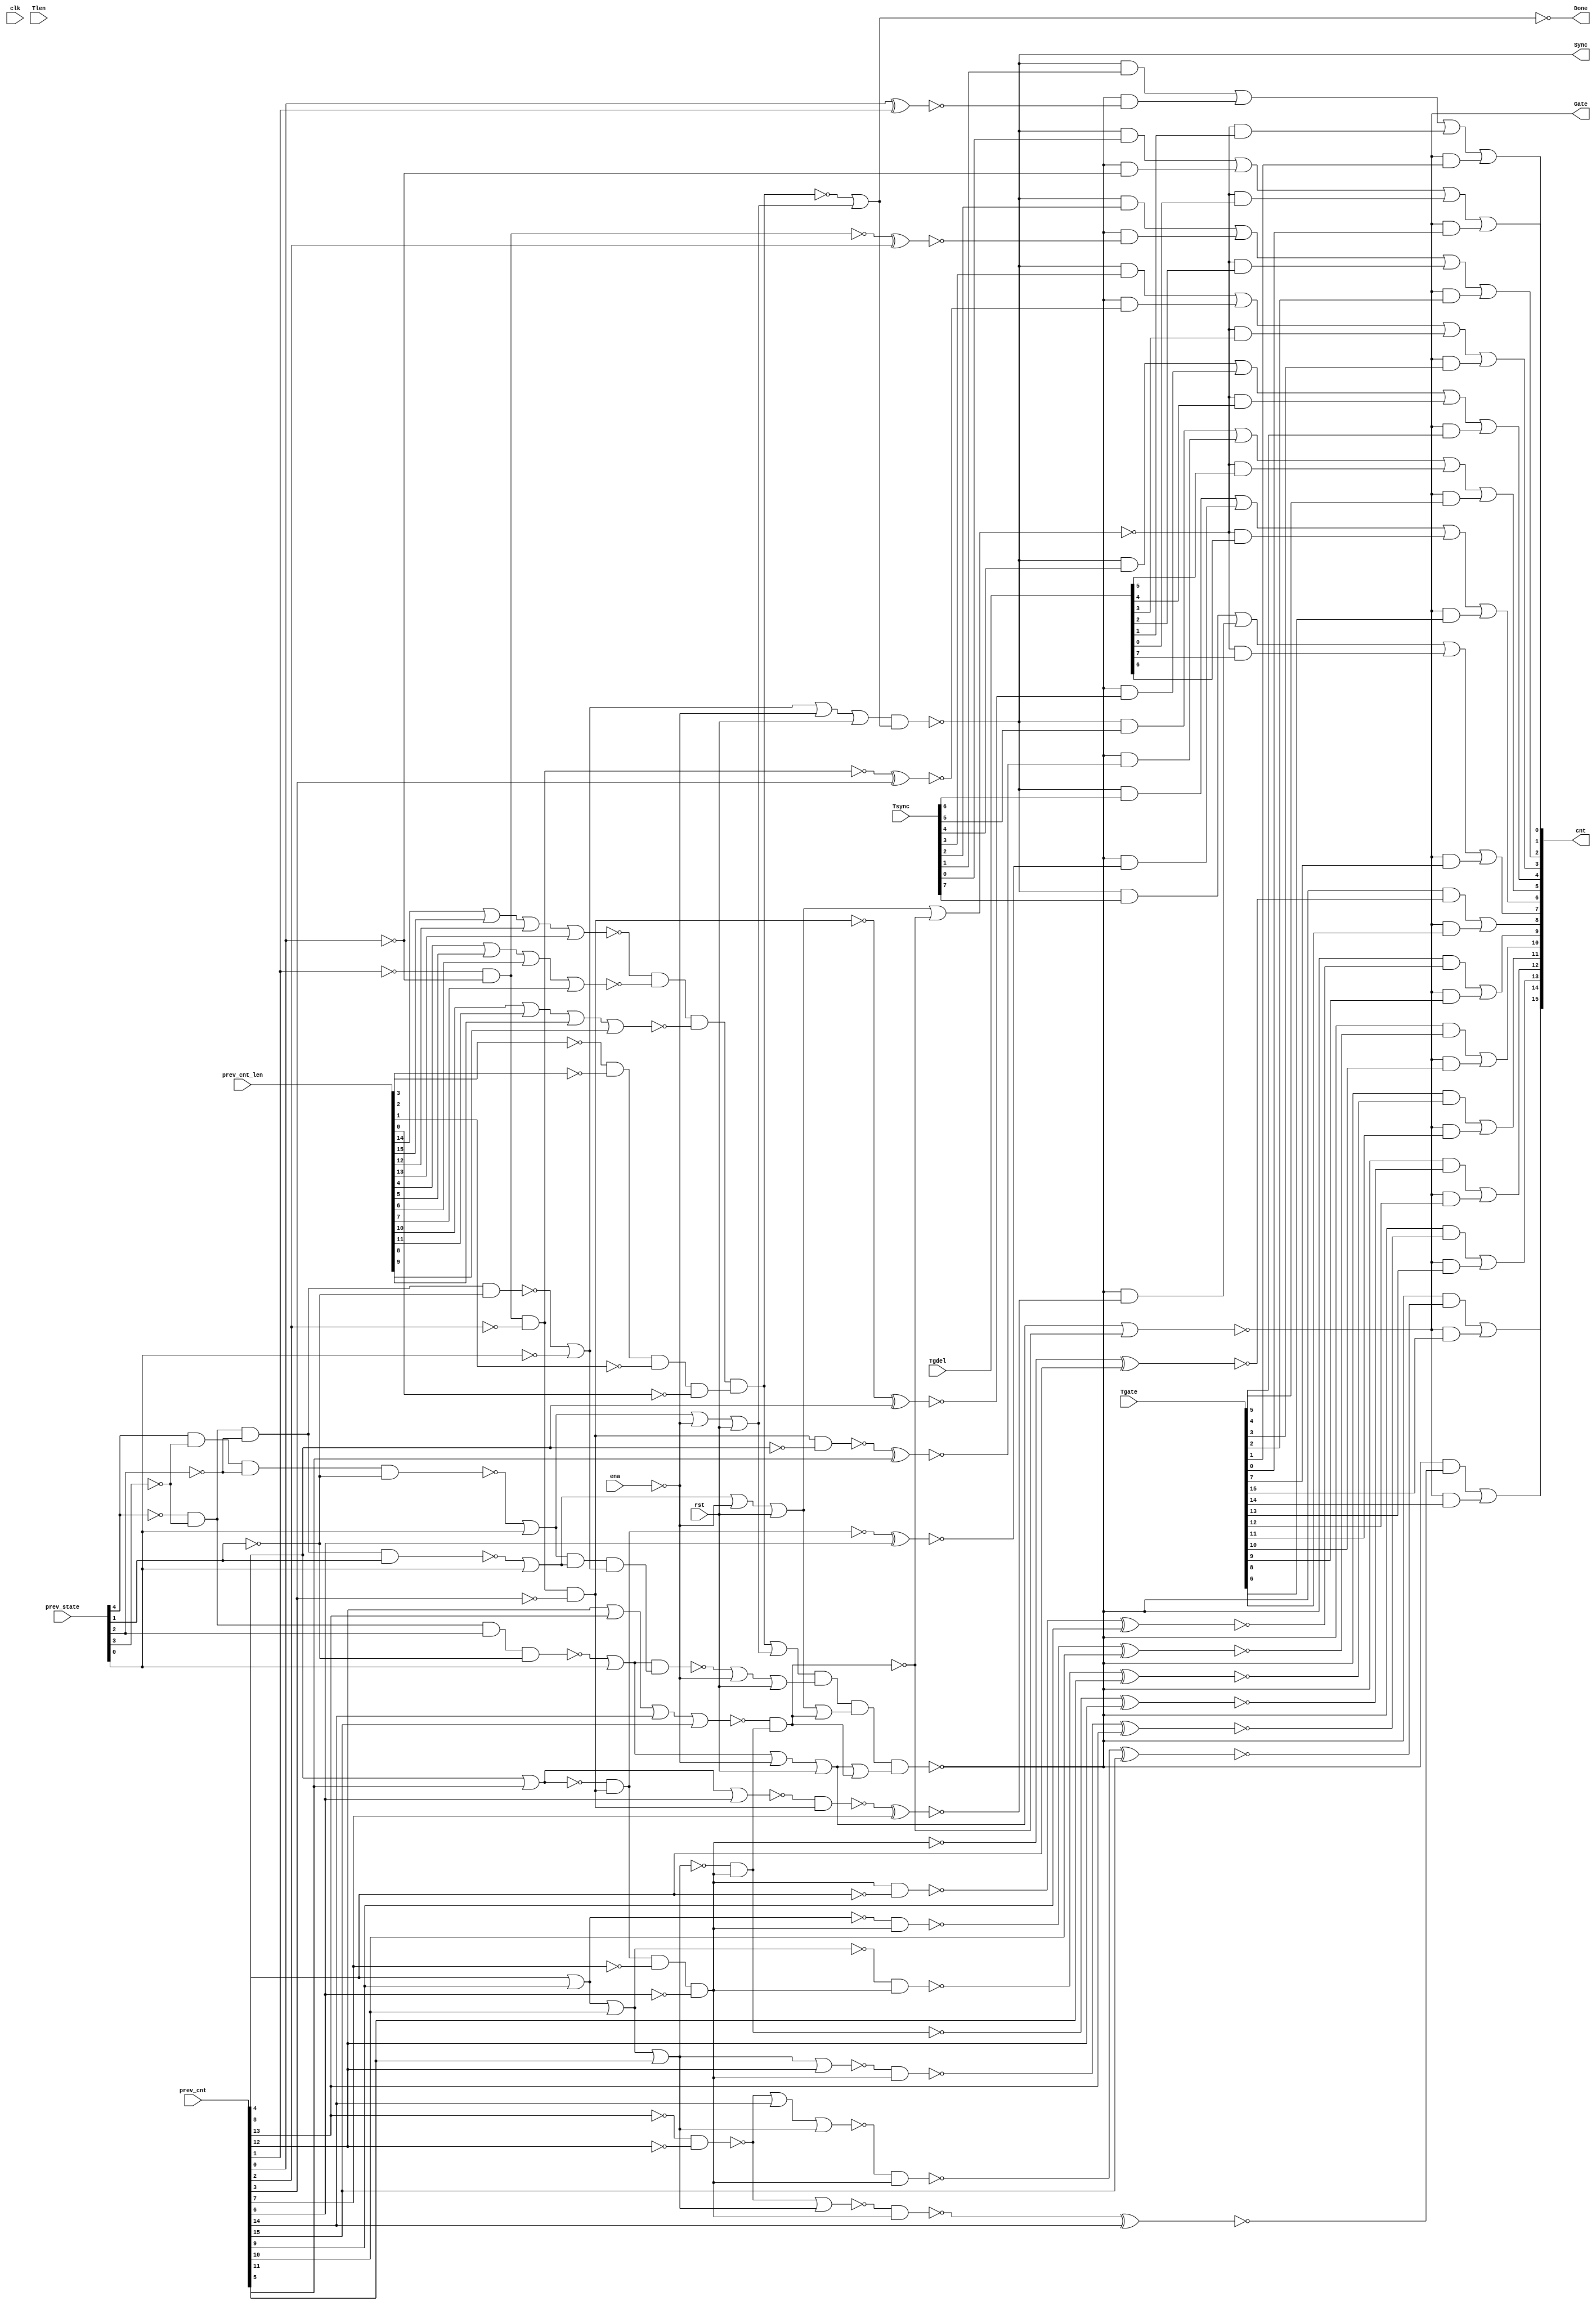
//
// Conformal-LEC: Version 11.10-d208 (10-Mar-2012) (64 bit executable)
//
module top(clk, ena, rst, Tsync, Tgdel, Tgate, Tlen, Sync, Gate, Done, 
    prev_state, prev_cnt, prev_cnt_len, cnt);
input  clk, ena, rst;
output Sync, Gate, Done;
input   [7:0] Tsync;
input   [7:0] Tgdel;
input   [15:0] Tgate;
input   [15:0] Tlen;
input   [4:0] prev_state;
input   [15:0] prev_cnt;
input   [15:0] prev_cnt_len;
output  [15:0] cnt;
wire  \mux_cnt_122_11_g657/w_0 , \mux_cnt_122_11_g657/w_1 , 
    \mux_cnt_122_11_g657/w_2 , \mux_cnt_122_11_g657/w_3 , 
    \mux_cnt_122_11_g657/w_4 , \mux_cnt_122_11_g661/w_0 , 
    \mux_cnt_122_11_g661/w_1 , \mux_cnt_122_11_g661/w_2 , 
    \mux_cnt_122_11_g661/w_3 , \mux_cnt_122_11_g661/w_4 , 
    \mux_cnt_122_11_g665/w_0 , \mux_cnt_122_11_g665/w_1 , 
    \mux_cnt_122_11_g665/w_2 , \mux_cnt_122_11_g665/w_3 , 
    \mux_cnt_122_11_g665/w_4 , \mux_cnt_122_11_g669/w_0 , 
    \mux_cnt_122_11_g669/w_1 , \mux_cnt_122_11_g669/w_2 , 
    \mux_cnt_122_11_g669/w_3 , \mux_cnt_122_11_g669/w_4 , 
    \mux_cnt_122_11_g673/w_0 , \mux_cnt_122_11_g673/w_1 , 
    \mux_cnt_122_11_g673/w_2 , \mux_cnt_122_11_g673/w_3 , 
    \mux_cnt_122_11_g673/w_4 , \mux_cnt_122_11_g677/w_0 , 
    \mux_cnt_122_11_g677/w_1 , \mux_cnt_122_11_g677/w_2 , 
    \mux_cnt_122_11_g677/w_3 , \mux_cnt_122_11_g677/w_4 , 
    \mux_cnt_122_11_g681/w_0 , \mux_cnt_122_11_g681/w_1 , 
    \mux_cnt_122_11_g681/w_2 , \mux_cnt_122_11_g681/w_3 , 
    \mux_cnt_122_11_g681/w_4 , \mux_cnt_122_11_g713/w_0 , 
    \mux_cnt_122_11_g713/w_1 , \mux_cnt_122_11_g713/w_2 , 
    \mux_cnt_122_11_g713/w_3 , \mux_cnt_122_11_g713/w_4 , 
    \mux_cnt_122_11_g653/w_0 , \mux_cnt_122_11_g653/w_1 , 
    \mux_cnt_122_11_g653/w_2 , \mux_cnt_122_11_g685/w_0 , 
    \mux_cnt_122_11_g685/w_1 , \mux_cnt_122_11_g685/w_2 , 
    \mux_cnt_122_11_g689/w_0 , \mux_cnt_122_11_g689/w_1 , 
    \mux_cnt_122_11_g689/w_2 , \mux_cnt_122_11_g693/w_0 , 
    \mux_cnt_122_11_g693/w_1 , \mux_cnt_122_11_g693/w_2 , 
    \mux_cnt_122_11_g697/w_0 , \mux_cnt_122_11_g697/w_1 , 
    \mux_cnt_122_11_g697/w_2 , \mux_cnt_122_11_g701/w_0 , 
    \mux_cnt_122_11_g701/w_1 , \mux_cnt_122_11_g701/w_2 , 
    \mux_cnt_122_11_g705/w_0 , \mux_cnt_122_11_g705/w_1 , 
    \mux_cnt_122_11_g705/w_2 , \mux_cnt_122_11_g709/w_0 , 
    \mux_cnt_122_11_g709/w_1 , \mux_cnt_122_11_g709/w_2 , sub_111_47_n_67, 
    sub_108_39_n_949, sub_108_39_n_166, sub_108_39_n_159, sub_108_39_n_151, 
    sub_108_39_n_139, sub_108_39_n_119, sub_108_39_n_109, sub_108_39_n_103, 
    sub_108_39_n_67, n_1387, n_1382, n_1257, n_1256, n_1255, n_1254, n_1253, 
    n_1252, n_1251, n_1250, n_1249, n_1248, n_1247, n_1246, n_1245, n_1244, 
    n_1243, n_1242, n_1241, n_1240, n_1239, n_1238, n_1237, n_1236, n_1235, 
    n_1234, n_1233, n_1232, n_1231, n_1230, n_1229, n_1228, n_1227, n_1226, 
    n_1225, n_1224, n_1223, n_1222, n_1220, n_1218, n_1217, n_1216, n_1215, 
    n_1214, n_1213, n_1212, n_1211, n_1210, n_1209, n_1208, n_1207, n_1206, 
    n_1205, n_1204, n_1203, n_1202, n_1201, n_1200, n_1199, n_1198, n_1197, 
    n_1196, n_1195, n_1194, n_1193, n_1192, n_1191, n_1190, n_1189, n_1188, 
    n_1187, n_1186, n_1185, n_1184, n_1183, n_1164, n_1162, n_1161, n_1160, 
    n_1078, n_1069, n_1062, n_1052, n_1049, n_1043, n_995, n_977, n_976, n_975, 
    n_941, n_746, n_744, n_741, n_732, n_326, n_45, n_44, n_43, Done, Gate, 
    Sync, rst, ena, clk;
wire  \mux_cnt_122_11_g657/data0 , \mux_cnt_122_11_g661/data0 , 
    \mux_cnt_122_11_g665/data0 , \mux_cnt_122_11_g669/data0 , 
    \mux_cnt_122_11_g673/data0 , \mux_cnt_122_11_g677/data0 , 
    \mux_cnt_122_11_g681/data0 , \mux_cnt_122_11_g713/data0 , 
    \mux_cnt_122_11_g653/data0 , \mux_cnt_122_11_g685/data0 , 
    \mux_cnt_122_11_g689/data0 , \mux_cnt_122_11_g693/data0 , 
    \mux_cnt_122_11_g697/data0 , \mux_cnt_122_11_g701/data0 , 
    \mux_cnt_122_11_g705/data0 , \mux_cnt_122_11_g709/data0 ;
wire   [16:0] cnt_nxt;
wire   [15:0] cnt;
wire   [4:0] prev_state;
wire   [15:0] prev_cnt_len;
wire   [15:0] prev_cnt;
wire   [15:0] Tlen;
wire   [15:0] Tgate;
wire   [7:0] Tgdel;
wire   [7:0] Tsync;
  assign \mux_cnt_122_11_g657/data0  = 1'b0;
  assign \mux_cnt_122_11_g661/data0  = 1'b0;
  assign \mux_cnt_122_11_g665/data0  = 1'b0;
  assign \mux_cnt_122_11_g669/data0  = 1'b0;
  assign \mux_cnt_122_11_g673/data0  = 1'b0;
  assign \mux_cnt_122_11_g677/data0  = 1'b0;
  assign \mux_cnt_122_11_g681/data0  = 1'b0;
  assign \mux_cnt_122_11_g713/data0  = 1'b0;
  assign \mux_cnt_122_11_g653/data0  = 1'b0;
  assign \mux_cnt_122_11_g685/data0  = 1'b0;
  assign \mux_cnt_122_11_g689/data0  = 1'b0;
  assign \mux_cnt_122_11_g693/data0  = 1'b0;
  assign \mux_cnt_122_11_g697/data0  = 1'b0;
  assign \mux_cnt_122_11_g701/data0  = 1'b0;
  assign \mux_cnt_122_11_g705/data0  = 1'b0;
  assign \mux_cnt_122_11_g709/data0  = 1'b0;
  or \mux_cnt_122_11_g657/org (cnt[6], \mux_cnt_122_11_g657/w_0 , 
    \mux_cnt_122_11_g657/w_1 , \mux_cnt_122_11_g657/w_2 , 
    \mux_cnt_122_11_g657/w_3 , \mux_cnt_122_11_g657/w_4 );
  and \mux_cnt_122_11_g657/a_4 (\mux_cnt_122_11_g657/w_4 , Gate, Tgate[6]);
  and \mux_cnt_122_11_g657/a_3 (\mux_cnt_122_11_g657/w_3 , n_326, Tgdel[6]);
  and \mux_cnt_122_11_g657/a_2 (\mux_cnt_122_11_g657/w_2 , n_746, cnt_nxt[6]);
  and \mux_cnt_122_11_g657/a_1 (\mux_cnt_122_11_g657/w_1 , Sync, Tsync[6]);
  and \mux_cnt_122_11_g657/a_0 (\mux_cnt_122_11_g657/w_0 , n_744, 
    \mux_cnt_122_11_g657/data0 );
  or \mux_cnt_122_11_g661/org (cnt[5], \mux_cnt_122_11_g661/w_0 , 
    \mux_cnt_122_11_g661/w_1 , \mux_cnt_122_11_g661/w_2 , 
    \mux_cnt_122_11_g661/w_3 , \mux_cnt_122_11_g661/w_4 );
  and \mux_cnt_122_11_g661/a_4 (\mux_cnt_122_11_g661/w_4 , Gate, Tgate[5]);
  and \mux_cnt_122_11_g661/a_3 (\mux_cnt_122_11_g661/w_3 , n_326, Tgdel[5]);
  and \mux_cnt_122_11_g661/a_2 (\mux_cnt_122_11_g661/w_2 , n_746, cnt_nxt[5]);
  and \mux_cnt_122_11_g661/a_1 (\mux_cnt_122_11_g661/w_1 , Sync, Tsync[5]);
  and \mux_cnt_122_11_g661/a_0 (\mux_cnt_122_11_g661/w_0 , n_744, 
    \mux_cnt_122_11_g661/data0 );
  or \mux_cnt_122_11_g665/org (cnt[4], \mux_cnt_122_11_g665/w_0 , 
    \mux_cnt_122_11_g665/w_1 , \mux_cnt_122_11_g665/w_2 , 
    \mux_cnt_122_11_g665/w_3 , \mux_cnt_122_11_g665/w_4 );
  and \mux_cnt_122_11_g665/a_4 (\mux_cnt_122_11_g665/w_4 , Gate, Tgate[4]);
  and \mux_cnt_122_11_g665/a_3 (\mux_cnt_122_11_g665/w_3 , n_326, Tgdel[4]);
  and \mux_cnt_122_11_g665/a_2 (\mux_cnt_122_11_g665/w_2 , n_746, cnt_nxt[4]);
  and \mux_cnt_122_11_g665/a_1 (\mux_cnt_122_11_g665/w_1 , Sync, Tsync[4]);
  and \mux_cnt_122_11_g665/a_0 (\mux_cnt_122_11_g665/w_0 , n_744, 
    \mux_cnt_122_11_g665/data0 );
  or \mux_cnt_122_11_g669/org (cnt[3], \mux_cnt_122_11_g669/w_0 , 
    \mux_cnt_122_11_g669/w_1 , \mux_cnt_122_11_g669/w_2 , 
    \mux_cnt_122_11_g669/w_3 , \mux_cnt_122_11_g669/w_4 );
  and \mux_cnt_122_11_g669/a_4 (\mux_cnt_122_11_g669/w_4 , Gate, Tgate[3]);
  and \mux_cnt_122_11_g669/a_3 (\mux_cnt_122_11_g669/w_3 , n_326, Tgdel[3]);
  and \mux_cnt_122_11_g669/a_2 (\mux_cnt_122_11_g669/w_2 , n_746, cnt_nxt[3]);
  and \mux_cnt_122_11_g669/a_1 (\mux_cnt_122_11_g669/w_1 , Sync, Tsync[3]);
  and \mux_cnt_122_11_g669/a_0 (\mux_cnt_122_11_g669/w_0 , n_744, 
    \mux_cnt_122_11_g669/data0 );
  or \mux_cnt_122_11_g673/org (cnt[2], \mux_cnt_122_11_g673/w_0 , 
    \mux_cnt_122_11_g673/w_1 , \mux_cnt_122_11_g673/w_2 , 
    \mux_cnt_122_11_g673/w_3 , \mux_cnt_122_11_g673/w_4 );
  and \mux_cnt_122_11_g673/a_4 (\mux_cnt_122_11_g673/w_4 , Gate, Tgate[2]);
  and \mux_cnt_122_11_g673/a_3 (\mux_cnt_122_11_g673/w_3 , n_326, Tgdel[2]);
  and \mux_cnt_122_11_g673/a_2 (\mux_cnt_122_11_g673/w_2 , n_746, cnt_nxt[2]);
  and \mux_cnt_122_11_g673/a_1 (\mux_cnt_122_11_g673/w_1 , Sync, Tsync[2]);
  and \mux_cnt_122_11_g673/a_0 (\mux_cnt_122_11_g673/w_0 , n_744, 
    \mux_cnt_122_11_g673/data0 );
  or \mux_cnt_122_11_g677/org (cnt[1], \mux_cnt_122_11_g677/w_0 , 
    \mux_cnt_122_11_g677/w_1 , \mux_cnt_122_11_g677/w_2 , 
    \mux_cnt_122_11_g677/w_3 , \mux_cnt_122_11_g677/w_4 );
  and \mux_cnt_122_11_g677/a_4 (\mux_cnt_122_11_g677/w_4 , Gate, Tgate[1]);
  and \mux_cnt_122_11_g677/a_3 (\mux_cnt_122_11_g677/w_3 , n_326, Tgdel[1]);
  and \mux_cnt_122_11_g677/a_2 (\mux_cnt_122_11_g677/w_2 , n_746, cnt_nxt[1]);
  and \mux_cnt_122_11_g677/a_1 (\mux_cnt_122_11_g677/w_1 , Sync, Tsync[1]);
  and \mux_cnt_122_11_g677/a_0 (\mux_cnt_122_11_g677/w_0 , n_744, 
    \mux_cnt_122_11_g677/data0 );
  or \mux_cnt_122_11_g681/org (cnt[0], \mux_cnt_122_11_g681/w_0 , 
    \mux_cnt_122_11_g681/w_1 , \mux_cnt_122_11_g681/w_2 , 
    \mux_cnt_122_11_g681/w_3 , \mux_cnt_122_11_g681/w_4 );
  and \mux_cnt_122_11_g681/a_4 (\mux_cnt_122_11_g681/w_4 , Gate, Tgate[0]);
  and \mux_cnt_122_11_g681/a_3 (\mux_cnt_122_11_g681/w_3 , n_326, Tgdel[0]);
  and \mux_cnt_122_11_g681/a_2 (\mux_cnt_122_11_g681/w_2 , n_746, n_995);
  and \mux_cnt_122_11_g681/a_1 (\mux_cnt_122_11_g681/w_1 , Sync, Tsync[0]);
  and \mux_cnt_122_11_g681/a_0 (\mux_cnt_122_11_g681/w_0 , n_744, 
    \mux_cnt_122_11_g681/data0 );
  or \mux_cnt_122_11_g713/org (cnt[7], \mux_cnt_122_11_g713/w_0 , 
    \mux_cnt_122_11_g713/w_1 , \mux_cnt_122_11_g713/w_2 , 
    \mux_cnt_122_11_g713/w_3 , \mux_cnt_122_11_g713/w_4 );
  and \mux_cnt_122_11_g713/a_4 (\mux_cnt_122_11_g713/w_4 , Gate, Tgate[7]);
  and \mux_cnt_122_11_g713/a_3 (\mux_cnt_122_11_g713/w_3 , n_326, Tgdel[7]);
  and \mux_cnt_122_11_g713/a_2 (\mux_cnt_122_11_g713/w_2 , n_746, cnt_nxt[7]);
  and \mux_cnt_122_11_g713/a_1 (\mux_cnt_122_11_g713/w_1 , Sync, Tsync[7]);
  and \mux_cnt_122_11_g713/a_0 (\mux_cnt_122_11_g713/w_0 , n_744, 
    \mux_cnt_122_11_g713/data0 );
  or \mux_cnt_122_11_g653/org (cnt[15], \mux_cnt_122_11_g653/w_0 , 
    \mux_cnt_122_11_g653/w_1 , \mux_cnt_122_11_g653/w_2 );
  and \mux_cnt_122_11_g653/a_2 (\mux_cnt_122_11_g653/w_2 , Gate, Tgate[15]);
  and \mux_cnt_122_11_g653/a_1 (\mux_cnt_122_11_g653/w_1 , n_746, cnt_nxt[15]);
  and \mux_cnt_122_11_g653/a_0 (\mux_cnt_122_11_g653/w_0 , n_741, 
    \mux_cnt_122_11_g653/data0 );
  or \mux_cnt_122_11_g685/org (cnt[14], \mux_cnt_122_11_g685/w_0 , 
    \mux_cnt_122_11_g685/w_1 , \mux_cnt_122_11_g685/w_2 );
  and \mux_cnt_122_11_g685/a_2 (\mux_cnt_122_11_g685/w_2 , Gate, Tgate[14]);
  and \mux_cnt_122_11_g685/a_1 (\mux_cnt_122_11_g685/w_1 , n_746, cnt_nxt[14]);
  and \mux_cnt_122_11_g685/a_0 (\mux_cnt_122_11_g685/w_0 , n_741, 
    \mux_cnt_122_11_g685/data0 );
  or \mux_cnt_122_11_g689/org (cnt[13], \mux_cnt_122_11_g689/w_0 , 
    \mux_cnt_122_11_g689/w_1 , \mux_cnt_122_11_g689/w_2 );
  and \mux_cnt_122_11_g689/a_2 (\mux_cnt_122_11_g689/w_2 , Gate, Tgate[13]);
  and \mux_cnt_122_11_g689/a_1 (\mux_cnt_122_11_g689/w_1 , n_746, cnt_nxt[13]);
  and \mux_cnt_122_11_g689/a_0 (\mux_cnt_122_11_g689/w_0 , n_741, 
    \mux_cnt_122_11_g689/data0 );
  or \mux_cnt_122_11_g693/org (cnt[12], \mux_cnt_122_11_g693/w_0 , 
    \mux_cnt_122_11_g693/w_1 , \mux_cnt_122_11_g693/w_2 );
  and \mux_cnt_122_11_g693/a_2 (\mux_cnt_122_11_g693/w_2 , Gate, Tgate[12]);
  and \mux_cnt_122_11_g693/a_1 (\mux_cnt_122_11_g693/w_1 , n_746, cnt_nxt[12]);
  and \mux_cnt_122_11_g693/a_0 (\mux_cnt_122_11_g693/w_0 , n_741, 
    \mux_cnt_122_11_g693/data0 );
  or \mux_cnt_122_11_g697/org (cnt[11], \mux_cnt_122_11_g697/w_0 , 
    \mux_cnt_122_11_g697/w_1 , \mux_cnt_122_11_g697/w_2 );
  and \mux_cnt_122_11_g697/a_2 (\mux_cnt_122_11_g697/w_2 , Gate, Tgate[11]);
  and \mux_cnt_122_11_g697/a_1 (\mux_cnt_122_11_g697/w_1 , n_746, cnt_nxt[11]);
  and \mux_cnt_122_11_g697/a_0 (\mux_cnt_122_11_g697/w_0 , n_741, 
    \mux_cnt_122_11_g697/data0 );
  or \mux_cnt_122_11_g701/org (cnt[10], \mux_cnt_122_11_g701/w_0 , 
    \mux_cnt_122_11_g701/w_1 , \mux_cnt_122_11_g701/w_2 );
  and \mux_cnt_122_11_g701/a_2 (\mux_cnt_122_11_g701/w_2 , Gate, Tgate[10]);
  and \mux_cnt_122_11_g701/a_1 (\mux_cnt_122_11_g701/w_1 , n_746, cnt_nxt[10]);
  and \mux_cnt_122_11_g701/a_0 (\mux_cnt_122_11_g701/w_0 , n_741, 
    \mux_cnt_122_11_g701/data0 );
  or \mux_cnt_122_11_g705/org (cnt[9], \mux_cnt_122_11_g705/w_0 , 
    \mux_cnt_122_11_g705/w_1 , \mux_cnt_122_11_g705/w_2 );
  and \mux_cnt_122_11_g705/a_2 (\mux_cnt_122_11_g705/w_2 , Gate, Tgate[9]);
  and \mux_cnt_122_11_g705/a_1 (\mux_cnt_122_11_g705/w_1 , n_746, cnt_nxt[9]);
  and \mux_cnt_122_11_g705/a_0 (\mux_cnt_122_11_g705/w_0 , n_741, 
    \mux_cnt_122_11_g705/data0 );
  or \mux_cnt_122_11_g709/org (cnt[8], \mux_cnt_122_11_g709/w_0 , 
    \mux_cnt_122_11_g709/w_1 , \mux_cnt_122_11_g709/w_2 );
  and \mux_cnt_122_11_g709/a_2 (\mux_cnt_122_11_g709/w_2 , Gate, Tgate[8]);
  and \mux_cnt_122_11_g709/a_1 (\mux_cnt_122_11_g709/w_1 , n_746, cnt_nxt[8]);
  and \mux_cnt_122_11_g709/a_0 (\mux_cnt_122_11_g709/w_0 , n_741, 
    \mux_cnt_122_11_g709/data0 );
  nor sub_108_39_g111(sub_108_39_n_159, sub_108_39_n_949, prev_cnt[14]);
  xnor sub_108_39_g167(cnt_nxt[1], prev_cnt[0], prev_cnt[1]);
  xnor sub_108_39_g169(cnt_nxt[2], sub_108_39_n_103, prev_cnt[2]);
  xnor sub_108_39_g172(cnt_nxt[3], n_1052, prev_cnt[3]);
  xnor sub_108_39_g174(cnt_nxt[4], sub_108_39_n_139, prev_cnt[4]);
  xnor sub_108_39_g177(cnt_nxt[5], n_1241, prev_cnt[5]);
  xnor sub_108_39_g179(cnt_nxt[6], n_1062, prev_cnt[6]);
  xnor sub_108_39_g182(cnt_nxt[7], n_1242, prev_cnt[7]);
  xnor sub_108_39_g184(cnt_nxt[8], sub_108_39_n_166, prev_cnt[8]);
  xnor sub_108_39_g187(cnt_nxt[9], n_1245, prev_cnt[9]);
  xnor sub_108_39_g189(cnt_nxt[10], n_1246, prev_cnt[10]);
  xnor sub_108_39_g192(cnt_nxt[11], n_1247, prev_cnt[11]);
  xnor sub_108_39_g195(cnt_nxt[12], n_1069, prev_cnt[12]);
  xnor sub_108_39_g198(cnt_nxt[13], n_1248, prev_cnt[13]);
  xnor sub_108_39_g200(cnt_nxt[14], n_1249, prev_cnt[14]);
  xnor sub_108_39_g203(cnt_nxt[15], n_1250, prev_cnt[15]);
  not g1040(n_1184, prev_cnt[4]);
  not g1041(n_1185, prev_cnt[8]);
  not g1044(n_1188, prev_cnt[13]);
  not g1045(n_1189, prev_cnt[12]);
  nand g1059(sub_108_39_n_949, n_1188, n_1189);
  not g1060(n_1203, sub_108_39_n_159);
  not g1072(n_1212, sub_108_39_n_109);
  not g1079(n_1216, sub_108_39_n_151);
  nor g1104(n_1231, n_1212, prev_cnt[6]);
  nor g1110(n_1235, n_1216, prev_cnt[12]);
  nor g1111(n_1236, sub_108_39_n_949, n_1216);
  nor g1112(n_1237, n_1203, n_1216);
  nand g1116(n_1241, n_1382, n_1184);
  nand g1117(n_1242, n_1231, n_1382);
  nand g1120(n_1245, n_1387, n_1185);
  nand g1121(n_1246, sub_108_39_n_119, n_1387);
  nand g1122(n_1247, n_1049, n_1387);
  nand g1123(n_1248, n_1235, n_1387);
  nand g1124(n_1249, n_1236, n_1387);
  nand g1125(n_1250, n_1237, n_1387);
  nor g719(n_941, ena, rst);
  not g1097(n_1226, n_941);
  not g1054(n_1198, prev_state[4]);
  not g1053(n_1197, prev_state[3]);
  not g1052(n_1196, prev_state[2]);
  not g1051(n_1195, prev_state[1]);
  nand g1098(n_1227, n_1198, n_1197, n_1196, n_1195);
  not g1039(n_1183, prev_state[0]);
  nor g1099(n_1160, n_1227, n_1183);
  not g1100(n_1228, n_1160);
  not g1043(n_1187, ena);
  nor g1101(n_1229, n_1228, n_1187, rst);
  not g1102(n_1230, n_1229);
  nor g751(n_977, prev_cnt_len[14], prev_cnt_len[15], prev_cnt_len[12], 
    prev_cnt_len[13]);
  nor g755(n_976, prev_cnt_len[4], prev_cnt_len[5], prev_cnt_len[6], 
    prev_cnt_len[7]);
  nor g760(n_975, prev_cnt_len[10], prev_cnt_len[11], prev_cnt_len[8], 
    prev_cnt_len[9]);
  not g1050(n_1194, prev_cnt_len[3]);
  not g1049(n_1193, prev_cnt_len[2]);
  not g1048(n_1192, prev_cnt_len[1]);
  not g1047(n_1191, prev_cnt_len[0]);
  nand g1063(n_1206, n_1194, n_1193, n_1192, n_1191);
  not g1064(n_1207, n_1206);
  nand g1065(sub_111_47_n_67, n_977, n_976, n_975, n_1207);
  nand g1061(n_1204, prev_state[4], n_1197, n_1196, n_1195);
  nor g22(n_45, n_1204, prev_state[0]);
  not g1062(n_1205, n_45);
  nor g1067(n_1161, n_1205, n_1187, rst);
  not g1068(n_1209, n_1161);
  nor g1069(Done, sub_111_47_n_67, n_1209);
  not g646(n_732, Done);
  nand g1103(Sync, n_1230, n_732);
  not g843(n_1043, Sync);
  nand g1095(n_1224, n_1198, n_1197, n_1196, prev_state[1]);
  nor g16(n_43, n_1224, prev_state[0]);
  not g1096(n_1225, n_43);
  nor g1106(n_1164, n_1225, n_1187, rst);
  not g1107(n_1232, n_1164);
  nor g759(n_1078, prev_cnt[12], prev_cnt[13], prev_cnt[14], prev_cnt[15]);
  nor sub_108_39_g70(sub_108_39_n_119, prev_cnt[8], prev_cnt[9]);
  not g1073(n_1213, sub_108_39_n_119);
  nor g1076(n_1049, n_1213, prev_cnt[10]);
  not g1077(n_1215, n_1049);
  nor g1078(sub_108_39_n_151, n_1215, prev_cnt[11]);
  nor sub_108_39_g62(sub_108_39_n_109, prev_cnt[4], prev_cnt[5]);
  not g1046(n_1190, prev_cnt[1]);
  not g775(n_995, prev_cnt[0]);
  nand g1080(sub_108_39_n_103, n_1190, n_995);
  not g1081(n_1217, sub_108_39_n_103);
  not g1056(n_1200, prev_cnt[2]);
  nand g1082(n_1052, n_1217, n_1200);
  not g1083(n_1218, n_1052);
  not g1057(n_1201, prev_cnt[3]);
  nand g1084(sub_108_39_n_139, n_1218, n_1201);
  not g1085(n_1382, sub_108_39_n_139);
  nand g1086(n_1062, sub_108_39_n_109, n_1382);
  not g1087(n_1220, n_1062);
  not g1058(n_1202, prev_cnt[7]);
  not g1055(n_1199, prev_cnt[6]);
  nand g1088(sub_108_39_n_166, n_1220, n_1202, n_1199);
  not g1089(n_1387, sub_108_39_n_166);
  nand g1090(n_1069, sub_108_39_n_151, n_1387);
  not g1091(n_1222, n_1069);
  nand g1092(sub_108_39_n_67, n_1078, n_1222);
  nor g1126(n_326, n_1232, sub_108_39_n_67);
  not g1127(n_1251, n_326);
  nand g1132(n_1256, n_1226, n_1043, n_1251);
  not g1133(n_1257, n_1256);
  not g1042(n_1186, rst);
  nand g1135(n_741, n_1257, n_1186);
  not g1066(n_1208, sub_111_47_n_67);
  nor g1113(n_1238, n_1208, n_1209);
  not g1114(n_1239, n_1238);
  nand g1070(n_1210, n_1198, n_1197, prev_state[2], n_1195);
  nor g18(n_44, n_1210, prev_state[0]);
  not g1071(n_1211, n_44);
  nand g1108(n_1233, n_1205, n_1225, n_1228);
  not g1109(n_1234, n_1233);
  nand g1115(n_1240, n_1211, n_1234);
  nor g1118(n_1243, n_1240, n_1187, rst);
  not g1119(n_1244, n_1243);
  not g1093(n_1223, sub_108_39_n_67);
  nor g1128(n_1252, n_1232, n_1223);
  not g1129(n_1253, n_1252);
  nor g1074(n_1162, n_1211, n_1187, rst);
  not g1075(n_1214, n_1162);
  nor g1130(n_1254, n_1214, n_1223);
  not g1131(n_1255, n_1254);
  nand g1134(n_746, n_1239, n_1244, n_1253, n_1255);
  nor g1094(Gate, n_1214, sub_108_39_n_67);
  nand g1105(n_744, n_1226, n_1186);
endmodule